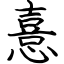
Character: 憙